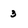
Character: 3